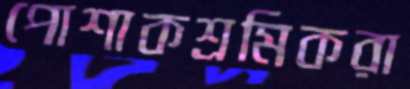
পোশাকশ্রমিকরা